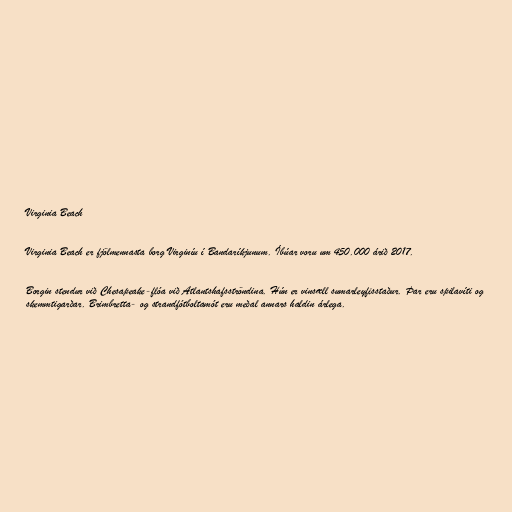
Virginia Beach

Virginia Beach er fjölmennasta borg Virginíu í Bandaríkjunum. Íbúar voru um 450.000 árið 2017.

Borgin stendur við Chesapeake-flóa við Atlantshafsströndina. Hún er vinsæll sumarleyfisstaður. Þar eru spilavíti og
skemmtigarðar. Brimbretta- og strandfótboltamót eru meðal annars haldin árlega.